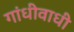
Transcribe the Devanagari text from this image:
गांधीवाधी